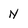
Character: N